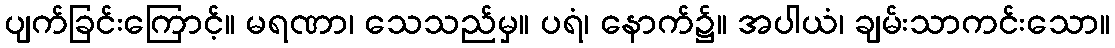
ပျက်ခြင်းကြောင့်။ မရဏာ၊ သေသည်မှ။ ပရံ၊ နောက်၌။ အပါယံ၊ ချမ်းသာကင်းသော။